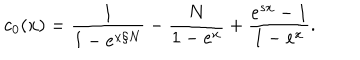
c _ { 0 } ( x ) = \frac { 1 } { 1 - e ^ { x / N } } - \frac { N } { 1 - e ^ { x } } + \frac { e ^ { s x } - 1 } { 1 - e ^ { x } } .